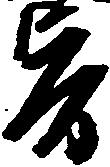
旨